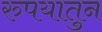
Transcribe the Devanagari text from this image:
रुपयातुन